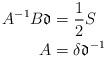
LaTeX: \begin{align*}A^{-1}B\mathfrak{d}&=\frac{1}{2}S\\A&=\delta\mathfrak{d}^{-1}\end{align*}